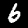
Digit: 6